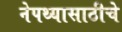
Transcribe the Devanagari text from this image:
नेपथ्यासाठीचे